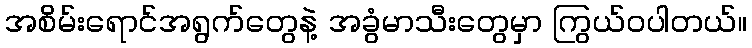
အစိမ်းရောင်အရွက်တွေနဲ့ အခွံမာသီးတွေမှာ ကြွယ်ဝပါတယ်။